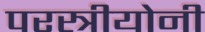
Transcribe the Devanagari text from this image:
परस्त्रीयोनी